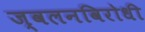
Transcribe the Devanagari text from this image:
ज्वलनविरोधी